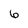
Character: 6